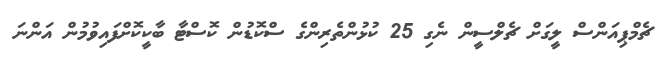
ޗެމްޕިއަންސް ލީގަށް ޗެލްސީން ނެގި 25 ކުޅުންތެރިންގެ ސްކޮޑުން ކޮސްޓާ ބާކީކޮށްފައިވުމުން އަންނަ